Vaccination report Assam 1874-1896 - 1874-1896
Year: 1874
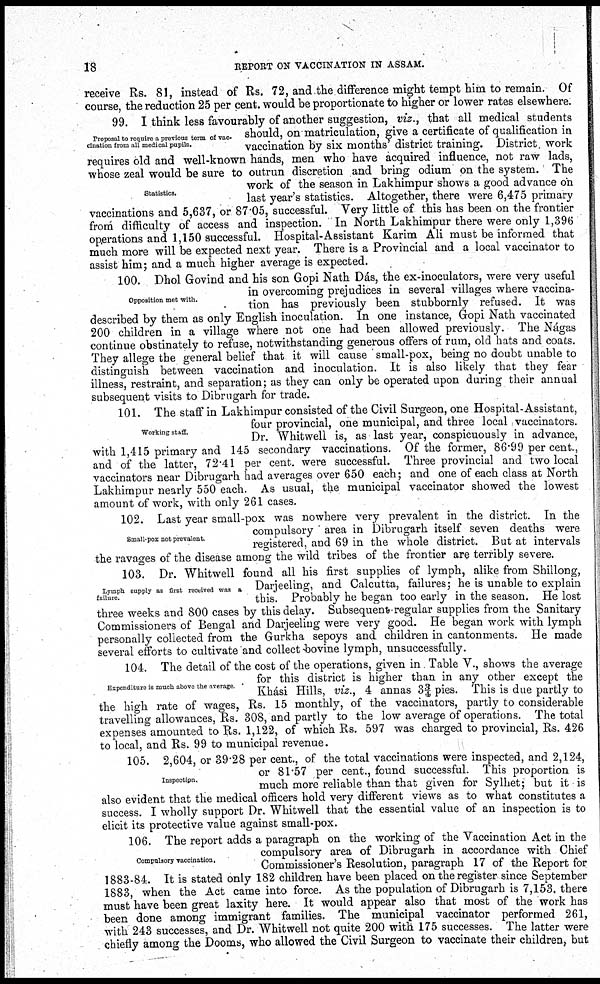
18
REPORT ON VACCINATION IN ASSAM.
receive Rs. 81, instead of Rs. 72, and the difference might tempt him to remain. Of
course, the reduction 25 per cent. would be proportionate to higher or lower rates elsewhere.
Proposal to require a previous term of vac¬
cination from all medical pupils.
Statistics.
99. I think less favourably of another suggestion, viz., that all medical students
should, on matriculation, give a certificate of qualification in
vaccination by six months' district training. District work
requires old and well-known hands, men who have acquired influence, not raw lads,
whose zeal would be sure to outrun discretion and bring odium on the system. The
work of the season in Lakhimpur shows a good advance on
last year's statistics. Altogether, there were 6,475 primary
vaccinations and 5,637, or 87.05, successful. Very little of this has been on the frontier
from difficulty of access and inspection. In North Lakhimpur there were only 1,396
operations and 1,150 successful. Hospital-Assistant Karim Ali must be informed that
much more will be expected next year. There is a Provincial and a local vaccinator to
assist him; and a much higher average is expected.
Opposition met with.
100. Dhol Govind and his son Gopi Nath Dás, the ex-inoculators, were very useful
in overcoming prejudices in several villages where vaccina-
tion has previously been stubbornly refused. It was
described by them as only English inoculation. In one instance, Gopi Nath vaccinated
200 children in a village where not one had been allowed previously. The Nágas
continue obstinately to refuse, notwithstanding generous offers of rum, old hats and coats.
They allege the general belief that it will cause small-pox, being no doubt unable to
distinguish between vaccination and inoculation. It is also likely that they fear
illness, restraint, and separation; as they can only be operated upon during their annual
subsequent visits to Dibrugarh for trade.
Working staff.
101. The staff in Lakhimpur consisted of the Civil Surgeon, one Hospital-Assistant,
four provincial, one municipal, and three local vaccinators.
Dr. Whitwell is, as last year, conspicuously in advance,
with 1,415 primary and 145 secondary vaccinations. Of the former, 86.99 per cent.,
and of the latter, 72.41 per cent. were successful. Three provincial and two local
vaccinators near Dibrugarh had averages over 650 each; and one of each class at North
Lakhimpur nearly 550 each. As usual, the municipal vaccinator showed the lowest
amount of work, with only 261 cases.
Small-pox not prevalent.
102. Last year small-pox was nowhere very prevalent in the district. In the
compulsory area in Dibrugarh itself seven deaths were
registered, and 69 in the whole district. But at intervals
the ravages of the disease among the wild tribes of the frontier are terribly severe.
Lymph supply as first received was a
failure.
103. Dr. Whitwell found all his first supplies of lymph, alike from Shillong,
Darjeeling, and Calcutta, failures; he is unable to explain
this. Probably he began too early in the season. He lost
three weeks and 800 cases by this delay. Subsequent-regular supplies from the Sanitary
Commissioners of Bengal and Darjeeling were very good. He began work with lymph
personally collected from the Gurkha sepoys and children in cantonments. He made
several efforts to cultivate and collect bovine lymph, unsuccessfully.
Expenditure is much above the average
104. The detail of the cost of the operations, given in Table V., shows the average
for this district is higher than in any other except the
Khási Hills, viz., 4 annas 3¾ pies. This is due partly to
the high rate of wages, Rs. 15 monthly, of the vaccinators, partly to considerable
travelling allowances, Rs. 308, and partly to the low average of operations. The total
expenses amounted to Rs. 1,122, of which Rs. 597 was charged to provincial, Rs. 426
to local, and Rs. 99 to municipal revenue.
Inspection.
105. 2,604, or 39.28 per cent., of the total vaccinations were inspected, and 2,124,
or 81.57 per cent., found successful. This proportion is
much more reliable than that given for Sylhet; but it is
also evident that the medical officers hold very different views as to what constitutes a
success. I wholly support Dr. Whitwell that the essential value of an inspection is to
elicit its protective value against small-pox.
Compulsory vaccination.
106. The report adds a paragraph on the working of the Vaccination Act in the
compulsory area of Dibrugarh in accordance with Chief
Commissioner's Resolution, paragraph 17 of the Report for
1883-84. It is stated only 182 children have been placed on the register since September
1883, when the Act came into force. As the population of Dibrugarh is 7,153, there
must have been great laxity here. It would appear also that most of the work has
been done among immigrant families. The municipal vaccinator performed 261,
with 243 successes, and Dr. Whitwell not quite 200 with 175 successes. The latter were
chiefly among the Dooms, who allowed the Civil Surgeon to vaccinate their children, but